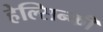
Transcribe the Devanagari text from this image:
हेल्सिन्की